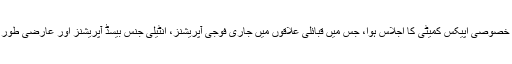
کور ہیڈ کوارٹر پشاور میں جنرل راحیل شریف کی زیر صدارت خیبر پختونخوا اور فاٹا کی خصوصی اپیکس کمیٹی کا اجلاس ہوا، جس میں قبائلی علاقوں میں جاری فوجی آپریشنز، انٹیلی جنس بیسڈ آپریشنز اور عارضی طور پر بے گھر افراد (ٹی ڈی پیز) کی دوبارہ واپسی کے حوالے سے معاملات کا جائزہ لیا گیا۔